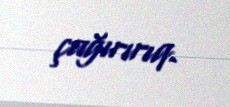
çağırırıq.